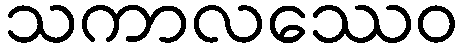
သကာလဿေဝ